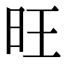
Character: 旺